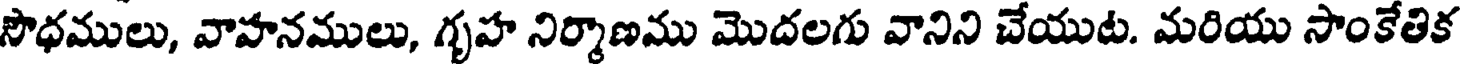
సౌధములు, వాహనములు, గృహ నిర్మాణము మొదలగు వానిని చేయుట. మరియు సాంకేతిక